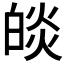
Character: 𤾃